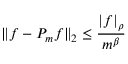
\| \boldsymbol { f } - P _ { m } \boldsymbol { f } \| _ { 2 } \leq \frac { \vert \boldsymbol { f } \vert _ { \rho } } { m ^ { \beta } }